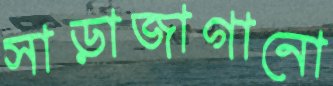
সাড়াজাগানো